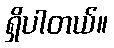
ရှိပါတယ်။